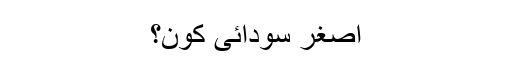
اصغر سودائی کون؟